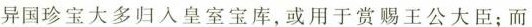
异国珍宝大多归入皇室宝库，或用于赏赐王公大臣；而